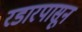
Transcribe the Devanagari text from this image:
रडारपासून